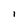
Character: i